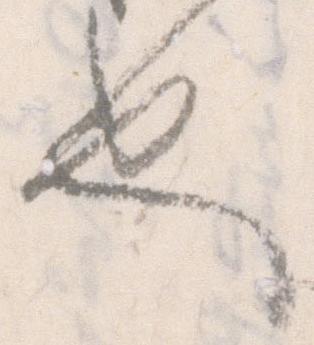
也